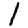
Digit: 1